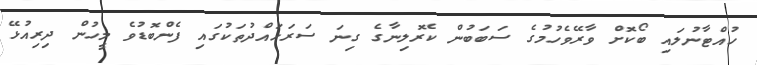
ހުއްޓާނުލައި ބޯކޮށް ވާރޭވެހުމުގެ ސަބަބުން ކެރޮލިނާގެ ގިނަ ސަރަހައްދުތަކުގައި ފެންބޮޑުވެ މީހުން ދިރިއުޅޭ